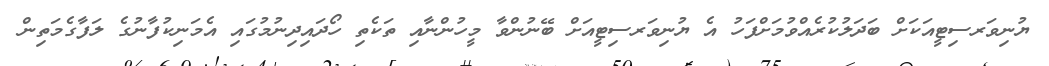
ޔުނިވަރސިޓީއަކަށް ބަދަލުކުރެއްވުމަށްފަހު އެ ޔުނިވަރސިޓީއަށް ބޭނުންވާ މީހުންނާއި ތަކެތި ހޯދައިދިނުމުގައި އެމަނިކުފާނުގެ ލަފާގެމަތިން